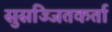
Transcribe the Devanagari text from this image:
सुसज्जितकर्ता